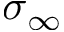
\sigma _ { \infty }